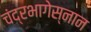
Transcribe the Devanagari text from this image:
चंद्रभागेस्नान